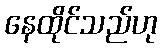
နေထိုင်သည်ဟု